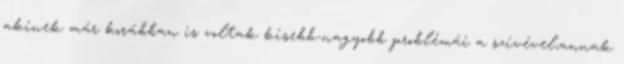
akinek már korábban is voltak kisebb-nagyobb problémái a szí­vével,annak